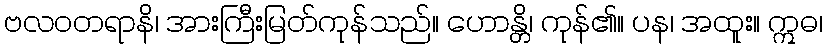
ဗလဝတရာနိ၊ အားကြီးမြတ်ကုန်သည်။ ဟောန္တိ၊ ကုန်၏။ ပန၊ အထူး။ ဣဓ၊